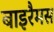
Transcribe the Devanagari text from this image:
बाइरैमस